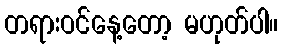
တရားဝင်နေ့တော့ မဟုတ်ပါ။